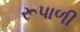
રૂપાળી